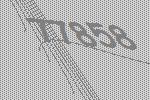
77858